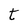
Character: t